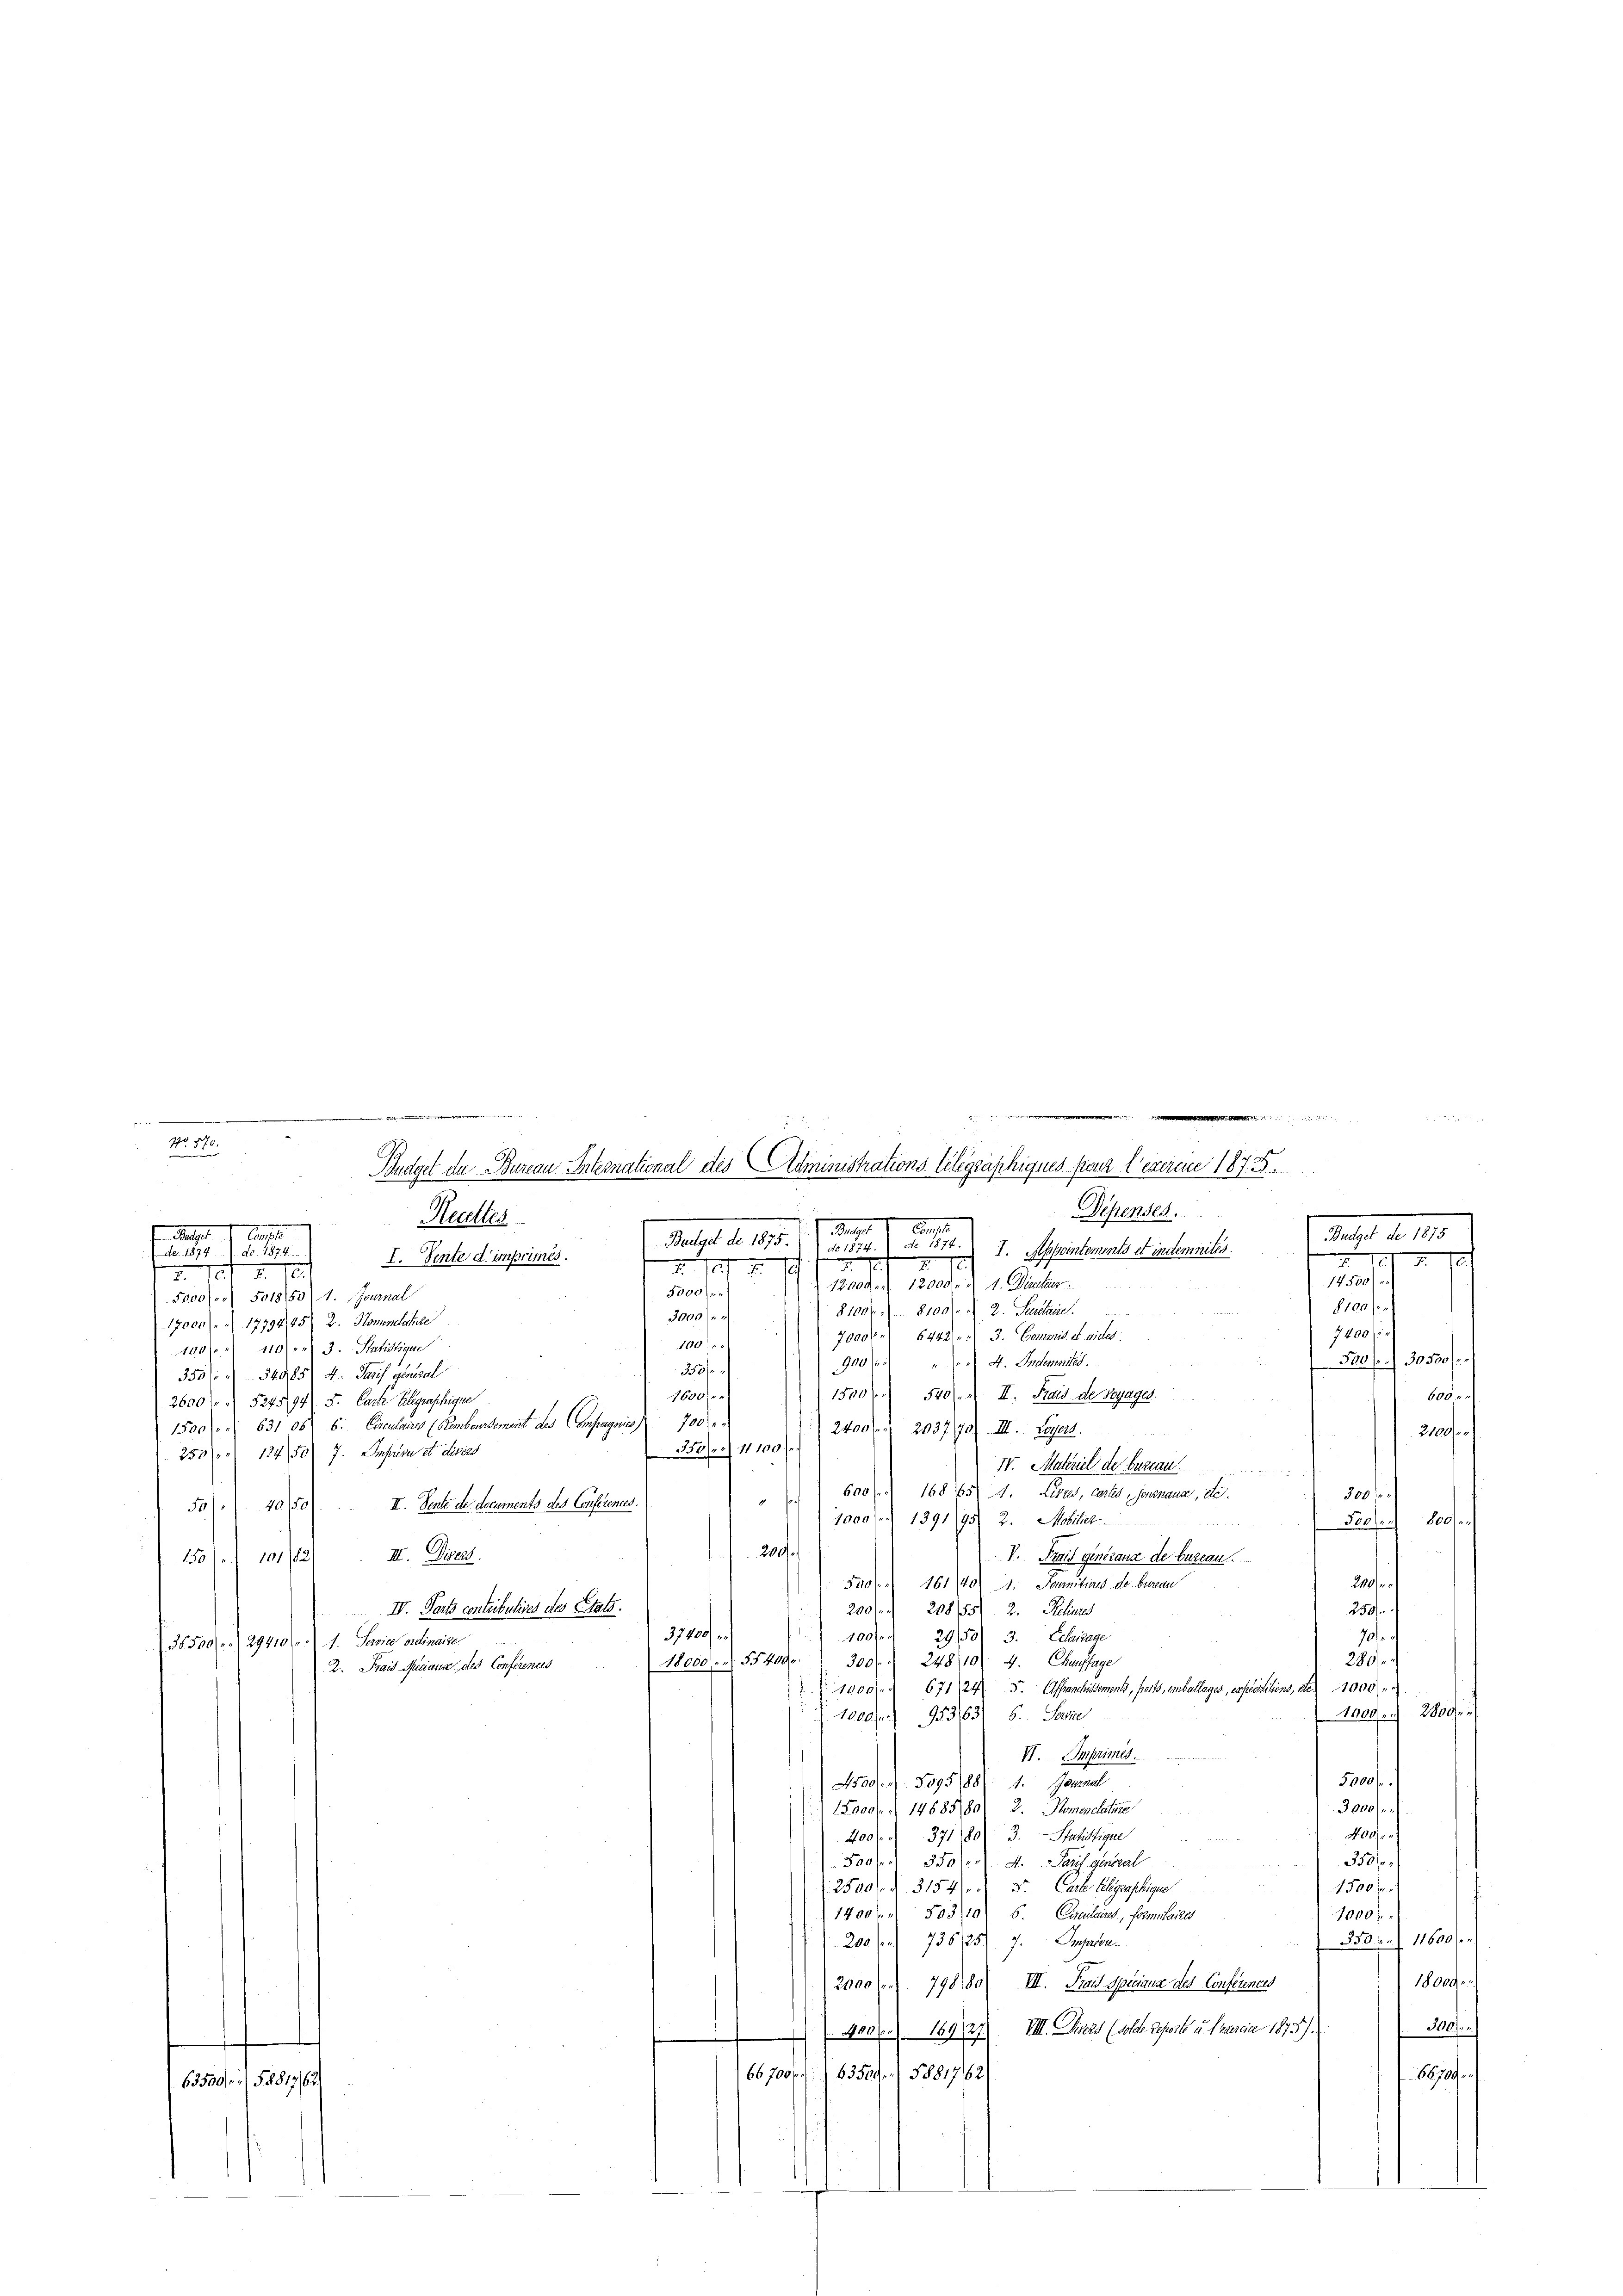
.

e
¬
.
e
e
¬
e
.
Difenses.
.
.
i
2
.
2
uge
 Mag. 7. Aus
Budget de 1875
Budget de 1875.
do 1874. I. Appointements et indemnités.
Z. 1874. d. 1874.
Tes
1824.
I. Sente d’imprimés.
21
.
1
2. 1
u
I
14500)
1200 Fr. 12000. u 1. Directus
5000.
Frooles) 5018/55/ 1. Journal
8100 f
8100 fl. 8100. u 2. Secretaire.
3000.
17000 f. 1779445) 2. Namensatele
7400 f
7000. 6442. N. 3. Commis et videl.
140
100. 10ten 3. Statistigue
500 f. 30500 f
900 fr  "    4. Indemnités.
358/
350 - 54985, 4. Tarif general
1500 f 540. II. Frais de Seyages.
1600
600
2600 f. 524594. 5. Carte Belegraphige
1500 f. 631 1086. Circulare (Renbeinsament des Compagnie 700
2400 fl 2037. 70) III. Legert
2100
Ampresa et divers
350/11 100 f
250 f 1 124/50
IV. Materiel der bureau.
300 fr
" 600 f 16865) A. Litus, cartes Jaunaus, de
10/50/
II. Sente de documents des Conferences.
54/
1000 f 1391/95 2. Mobiliet
500fr. 800
e
200/
V. Trais generanz der bureau.
III. Disers.
1501. 101/22
504. 161/40. 1. Jennitens de berau
200fr
200 fl. 208755/ 2. Selinner
IV. Parts contributives des Etats.
250f
37000/
70/
100fr. 2950/ 3. Eclarage
35500fr. 29410 f. 1. Sowie ordinaise
280
248/10 4. Chauffage
18000. 55400 r. 300
2. Frais Reciana des Conferentes.
671/24 5. Affranchissements, forts, einballages, expressen, den 1900
800
1009. 280 de
1000fr. 953163) 6. Statte
VI. Imprimes.
5000.
4500. 5095188): 1. Journal
3000
ad § 14685/80 2. Komenclature
00fr
400 f. 371 80: 3. Statistigue
353/
500 f 350. 4. Tarif general
1500 x
2500 fl. 3154. d. d. Cache helgeschinge
1400 f. 503/10 6. Circulaid, Poten Saile
1000
330 f. 11600 f
200 fr 738/25). 7. Angaben
1800
2400. 798180) VII. Traus Speciause des Conferences
300.
 400 fl. 16927). VIII. Diens (solche Repost u. Fragen 1873/
6870.
66700 f. 63509. 5881762
63500 f. 5881762.

No. 870.

den er sie eine
Reutter

Budget de Bureau International des Administrations Telegraphiques pour l’exerce 1873.